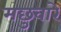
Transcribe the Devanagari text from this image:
मछुवारे